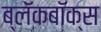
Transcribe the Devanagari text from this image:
ब्‍लॅकबॉक्स